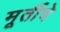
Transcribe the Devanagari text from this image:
मूर्तीचेे